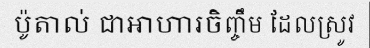
ប៉ូតាល់ ជាអាហារចិញ្ចឹម ដែលស្រូវ